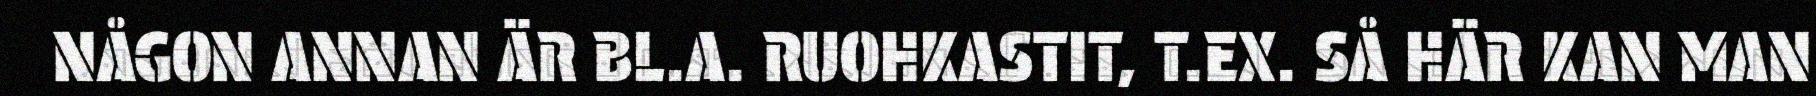
NÅGON ANNAN ÄR BL.A. RUOHKASTIT, T.EX. SÅ HÄR KAN MAN